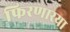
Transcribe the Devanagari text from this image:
फिरणारया